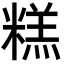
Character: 糕